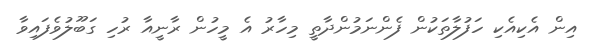
އިން އެކިއެކި ހަފުލާތަކުން ފެންނަމުންދާތީ މިހާރު އެ މީހުން ރާނީއާ ރުހި ގަބޫލުވެފައިވާ